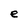
Character: e